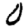
Digit: 0